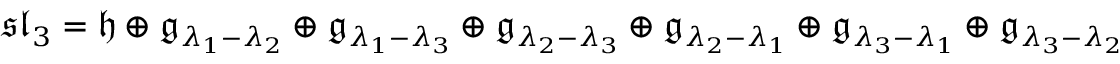
{ \mathfrak { s l } } _ { 3 } = { \mathfrak { h } } \oplus { \mathfrak { g } } _ { \lambda _ { 1 } - \lambda _ { 2 } } \oplus { \mathfrak { g } } _ { \lambda _ { 1 } - \lambda _ { 3 } } \oplus { \mathfrak { g } } _ { \lambda _ { 2 } - \lambda _ { 3 } } \oplus { \mathfrak { g } } _ { \lambda _ { 2 } - \lambda _ { 1 } } \oplus { \mathfrak { g } } _ { \lambda _ { 3 } - \lambda _ { 1 } } \oplus { \mathfrak { g } } _ { \lambda _ { 3 } - \lambda _ { 2 } }